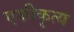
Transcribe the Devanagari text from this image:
एकीकृत्य